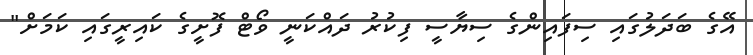
އޭގެ ބަދަލުގައި ސިފައިންގެ ސިޔާސީ ފިކުރު ދައްކަނީ ވޯޓް ފޮށީގެ ކައިރީގައި ކަމަށް"